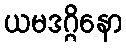
ယမဒဂ္ဂိနော